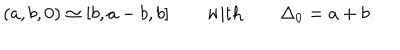
LaTeX: ( a , b , 0 ) \simeq [ b , a - b , b ] \qquad \mathrm { w i t h } \qquad \Delta _ { 0 } = a + b .